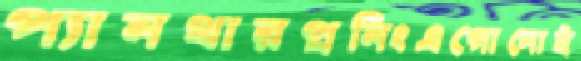
প্যানথারপ্রনিংএগোনোই